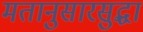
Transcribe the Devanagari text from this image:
मतानुसारसुद्धा